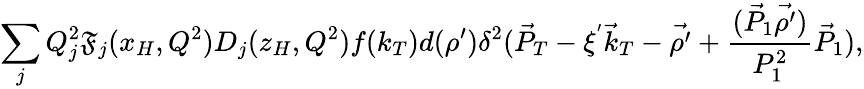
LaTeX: \sum_{j}Q_{j}^{2}\mathfrak{F}_{j}(x_{H},Q^{2})D_{j}(z_{H},Q^{2})f(k_{T})d(\rho^{\prime})\delta^{2}(\vec{{P}}_{T}-\xi^{'}{\vec{{k}}}_{T}-\vec{{\rho^{\prime}}}+{\frac{{(\vec{{P}}_{1}\vec{{\rho^{\prime}}})}}{{P_{1}^{2}}}}\vec{{P}}_{1}),